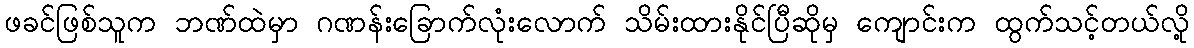
ဖခင်ဖြစ်သူက ဘဏ်ထဲမှာ ဂဏန်းခြောက်လုံးလောက် သိမ်းထားနိုင်ပြီဆိုမှ ကျောင်းက ထွက်သင့်တယ်လို့